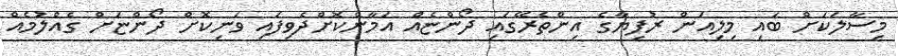
މިސާލަކަށް ބައި މިލިއަން ރުފިޔާގެ އިންތެރޭގައި ދޯންޏެއް އަމާންކޮށްދެވިފައި ވަނިކޮށް ދޯންޏަށް ގެއްލުމެއް